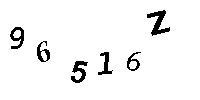
96516Z